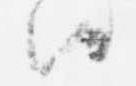
候